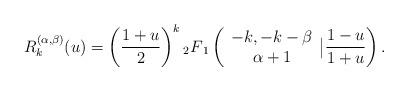
LaTeX: \begin{align*}R_{k}^{(\alpha ,\beta )}(u)=\left( \frac{1+u}{2}\right)^{k}{}_{2}F{}_{1}\left( \begin{array}{c}-k,-k-\beta \\ \alpha +1\end{array}\big|\frac{1-u}{1+u}\right) .\end{align*}